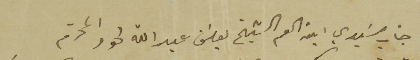
جناب سَيدي ابن العم الشيخ يوسَف عبدالله لحود المحترم